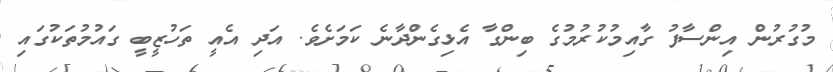
މުގުރުން އިންސާފު ގާއިމުކުރުމުގެ ބިންގާ އެޅިގެންދާނެ ކަމަށެވެ. އަދި އެއީ ތަހުޒީބީ ގައުމުތަކުގައި